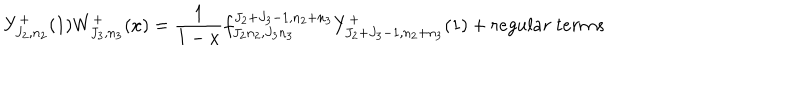
LaTeX: Y _ { J _ { 2 } , n _ { 2 } } ^ { + } ( 1 ) W _ { J _ { 3 } , n _ { 3 } } ^ { + } ( x ) = \frac { 1 } { 1 - x } f _ { J _ { 2 } n _ { 2 } , J _ { 3 } n _ { 3 } } ^ { J _ { 2 } + J _ { 3 } - 1 , n _ { 2 } + n _ { 3 } } Y _ { J _ { 2 } + J _ { 3 } - 1 , n _ { 2 } + n _ { 3 } } ^ { + } ( 1 ) + r e g u l a r ~ t e r m s